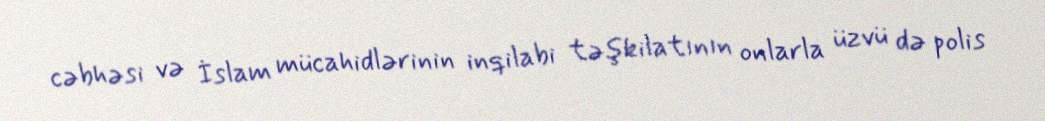
cəbhəsi və İslam mücahidlərinin inqilabi təşkilatının onlarla üzvü də polis